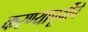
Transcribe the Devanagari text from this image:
करण्यापूर्वीचे